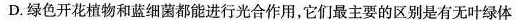
D.绿色开花植物和蓝细菌都能进行光合作用，它们最主要的区别是有无叶绿体